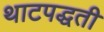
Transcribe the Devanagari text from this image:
थाटपद्धती